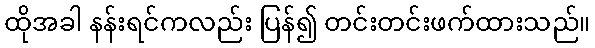
ထိုအခါ နန်းရင်ကလည်း ပြန်၍ တင်းတင်းဖက်ထားသည်။